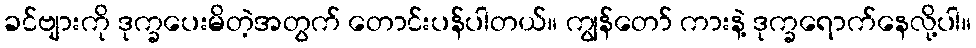
ခင်ဗျားကို ဒုက္ခပေးမိတဲ့အတွက် တောင်းပန်ပါတယ်။ ကျွန်တော် ကားနဲ့ ဒုက္ခရောက်နေလို့ပါ။